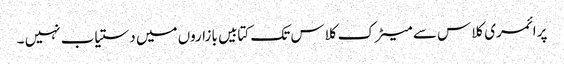
پرائمری کلاس سے میٹرک کلاس تک کتابیں بازاروں میں دستیاب نہیں ۔